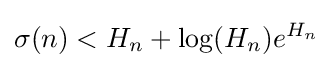
\sigma (n)<H_{n}+\log(H_{n})e^{H_{n}}